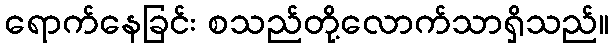
ရောက်နေခြင်း စသည်တို့လောက်သာရှိသည်။